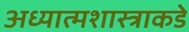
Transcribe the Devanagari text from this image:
अध्यात्मशास्त्राकडे